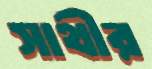
সাথীর